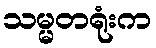
သမ္မတရုံးက